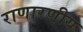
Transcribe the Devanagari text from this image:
राणारणीय